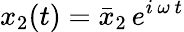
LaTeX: x_{2}(t)=\bar{x}_{2}\, e^{i\, \omega\, t}